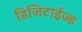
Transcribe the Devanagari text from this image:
डिजिटाईज्ड